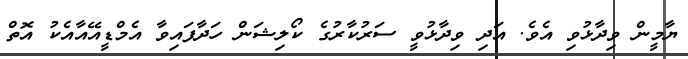
ޔާމީން ވިދާޅުވި އެވެ. އަދި ވިދާޅުވީ ސަރުކާރުގެ ކޯލިޝަން ހަދާފައިވާ އެމްޑީއޭއާއެކު އޮތް